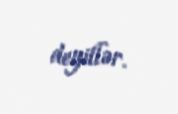
deyillər.